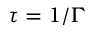
\tau = 1 / \Gamma